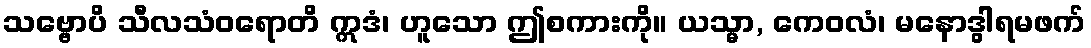
သဗ္ဗောပိ သီလသံဝရောတိ ဣဒံ၊ ဟူသော ဤစကားကို။ ယသ္မာ, ကေဝလံ၊ မနောဒွါရမဖက်